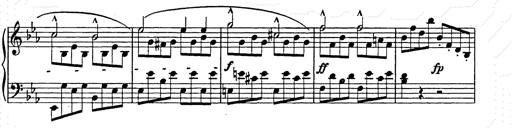
Title: Allegro di bravura
Composer: Carl Maria von Weber
Key: D major